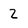
Character: 2